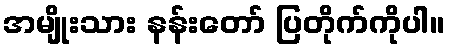
အမျိုးသား နန်းတော် ပြတိုက်ကိုပါ။